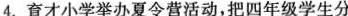
4.育才小学举办夏令营活动，把四年级学生分